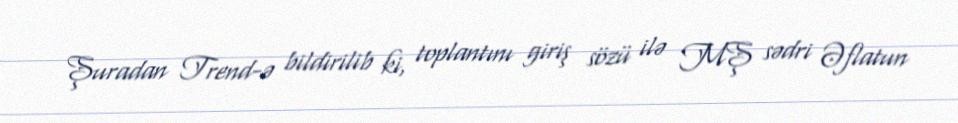
Şuradan Trend-ə bildirilib ki, toplantını giriş sözü ilə MŞ sədri Əflatun